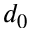
d _ { 0 }